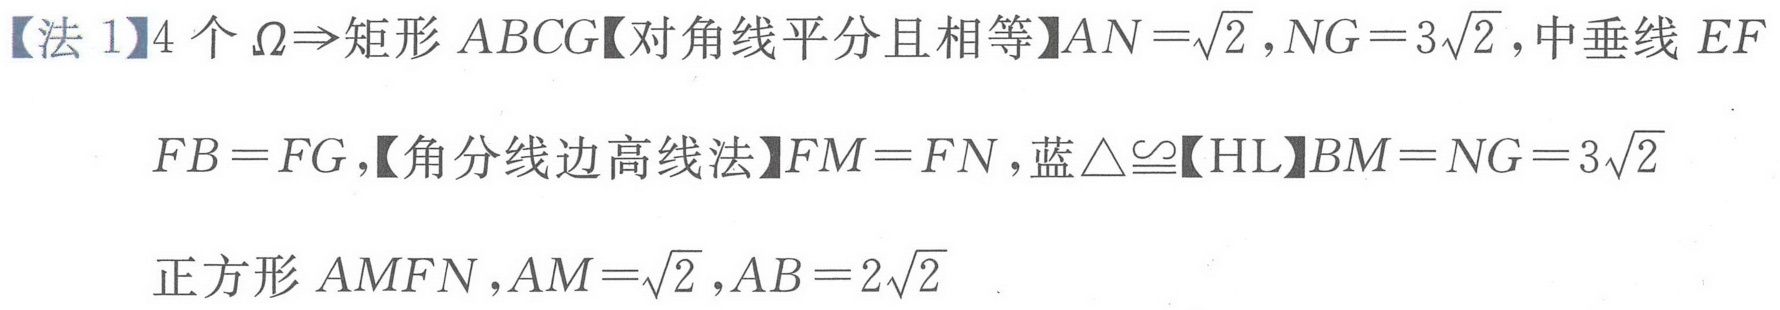
【法 1】4 个 \(\Omega\Rightarrow\)矩形 \(ABCG\)【对角线平分且相等】\(AN = \sqrt{2},NG = 3\sqrt{2}\),中垂线 \(EF\)
\(FB = FG\),【角分线边高线法】\(FM = FN\),蓝\(\triangle\cong\)【HL】\(BM = NG = 3\sqrt{2}\)
正方形 \(AMFN\),\(AM=\sqrt{2},AB = 2\sqrt{2}\)